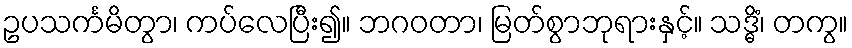
ဥပသင်္ကမိတွာ၊ ကပ်လေပြီး၍။ ဘဂဝတာ၊ မြတ်စွာဘုရားနှင့်။ သဒ္ဓိံ၊ တကွ။